Annual report on the working of the lock hospitals in the North-Western Provinces and Oudh
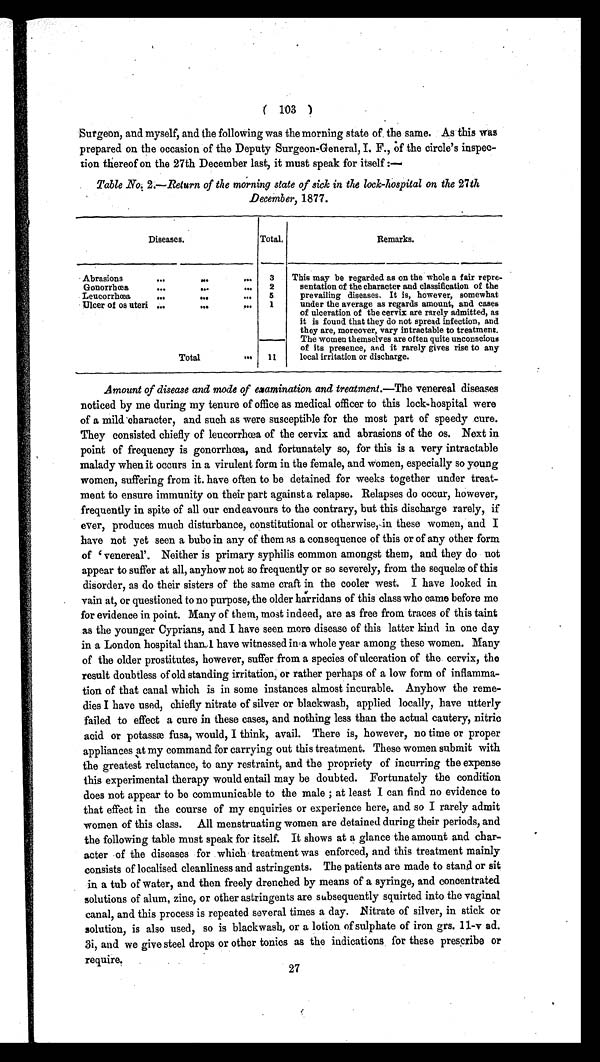
( 103 )
Surgeon, and myself, and the following was the morning state of the same. As this was
prepared on the occasion of the Deputy Surgeon-General, I.F., of the circle's inspec-
tion thereof on the 27th December last, it must speak for itself
Table No. 2.—Return of the morning state of sick in the lock-hospital on the 27th
December, 1877.
Diseases.
Total.
Remarks.
Abrasions
. . .
. . .
... 3 This may be regarded as on the whole a fair repre-
sentation of the character and classification of the
prevailing diseases. It is, however, somewhat
under the average as regards amount, and cases
of ulceration of the cervix are rarely admitted, as
it is found that they do not spread infection, and
they are, moreover, vary intractable to treatment.
The women themselves are often quite unconscious
of its presence, and it rarely gives rise to any
local irritation or discharge.
Gonorrhœa
•••
. . .
••• 2
Leucorrhœa
...
...
••• 5
Ulcer of os uteri . . .
. . .
. . .
1
Total
... 11
Amount of disease and mode of examination and treatment.— The venereal diseases
noticed by me during my tenure of office as medical officer to this lock-hospital were
of a mild character, and such as were susceptible for the most part of speedy cure.
They consisted chiefly of leucorrhœa of the cervix and abrasions of the os. Next in
point of frequency is gonorrhœa, and fortunately so, for this is a very intractable
malady when it occurs in a virulent form in the female, and women, especially so young
women, suffering from it. have often to be detained for weeks together under treat-
ment to ensure immunity on their part against a relapse. Relapses do occur, however,
frequently in spite of all our endeavours to the contrary, but this discharge rarely, if
ever, produces much disturbance, constitutional or otherwise, in these women, and I
have not yet seen a bubo in any of them as a consequence of this or of any other form
of 'venereal'. Neither is primary syphilis common amongst them, and they do not
appear to suffer at all, anyhow not so frequently or so severely, from the sequelæ of this
disorder, as do their sisters of the same craft in the cooler west. I have looked in
vain at, or questioned to no purpose, the older harridans of this class who came before me
for evidence in point. Many of them, most indeed, are as free from traces of this taint
as the younger Cyprians, and I have seen more disease of this latter kind in one day
in a London hospital than I have witnessed in a whole year among these women. Many
of the older prostitutes, however, suffer from a species of ulceration of the cervix, the
result doubtless of old standing irritation, or rather perhaps of a low form of inflamma-
tion of that canal which is in some instances almost incurable. Anyhow the reme-
dies I have used, chiefly nitrate of silver or blackwash, applied locally, have utterly
failed to effect a cure in these cases, and nothing less than the actual cautery, nitric
acid or potassæ fusa, would, I think, avail. There is, however, no time or proper
appliances at my command for carrying out this treatment. These women submit with
the greatest reluctance, to any restraint, and the propriety of incurring the expense
this experimental therapy would entail may he doubted. Fortunately the condition
does not appear to be communicable to the male; at least I can find no evidence to
that effect in the course of my enquiries or experience here, and so I rarely admit
women of this class. All menstruating women are detained during their periods, and
the following table must speak for itself. It shows at a glance the amount and char-
acter of the diseases for which treatment was enforced, and this treatment mainly
consists of localised cleanliness and astringents. The patients are made to stand or sit
in a tub of water, and then freely drenched by means of a syringe, and concentrated
solutions of alum, zinc, or other astringents are subsequently squirted into the vaginal
canal, and this process is repeated several times a day. Nitrate of silver, in stick or
solution, is also used, so is blackwash, or a lotion of sulphate of iron grs. 11-v ad.
3i, and we give steel drops or other tonics as the indications, for these prescribe or
require.
27